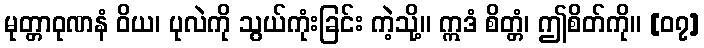
မုတ္တာဝုဏနံ ဝိယ၊ ပုလဲကို သွယ်ကုံးခြင်း ကဲ့သို့။ ဣဒံ စိတ္တံ၊ ဤစိတ်ကို။ [၀၇]